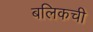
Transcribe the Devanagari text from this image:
बलिकची